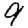
Digit: 9